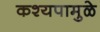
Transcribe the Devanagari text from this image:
कश्यपामुळे